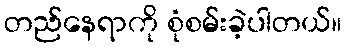
တည်နေရာကို စုံစမ်းခဲ့ပါတယ်။